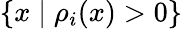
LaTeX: \{ x\mid\rho_{i}(x)>0\}